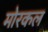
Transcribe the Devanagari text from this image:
मोरकल